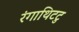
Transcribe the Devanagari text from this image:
रंगाथिटटु